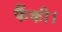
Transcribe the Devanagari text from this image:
फैंकी।